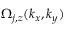
\Omega _ { j , z } ( k _ { x } , k _ { y } )